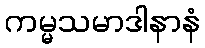
ကမ္မသမာဒါနာနံ